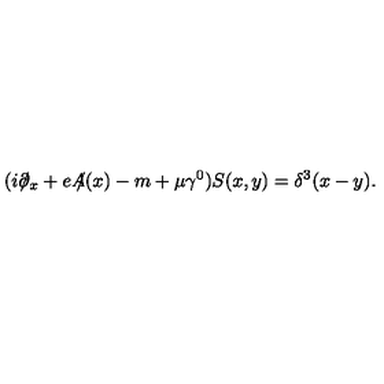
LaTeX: ( i \partial \! \! \! \slash _ { x } + e A \! \! \! \slash ( x ) - m + \mu \gamma ^ { 0 } ) S ( x , y ) = \delta ^ { 3 } ( x - y ) .